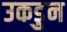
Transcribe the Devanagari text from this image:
उकडुन